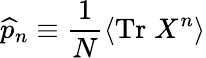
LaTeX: \widehat{p}_{n}\equiv\frac{1}{N}\left\langle\mathrm{Tr}\; X^{n}\right\rangle